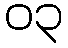
၀၃